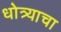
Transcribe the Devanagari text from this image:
धोत्र्याचा